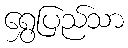
ရွှေပြည်သာ